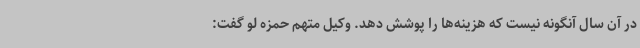
در آن سال آنگونه نیست که هزینه‌ها را پوشش دهد. وکیل متهم حمزه لو گفت: